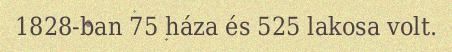
1828-ban 75 háza és 525 lakosa volt.